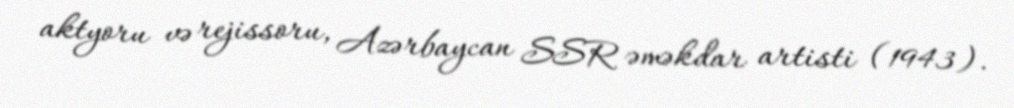
aktyoru və rejissoru, Azərbaycan SSR əməkdar artisti (1943).